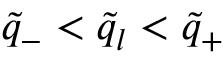
\tilde { q } _ { - } < \tilde { q } _ { l } < \tilde { q } _ { + }